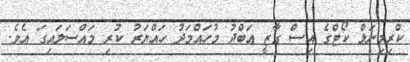
ކްރިމިނަލް ކޯޓްގެ އިސް ގާޒީ އަބްދު މުހައްމަދު ހައްޔަރު ކުރި މައްސަލައިގަ އެވެ.